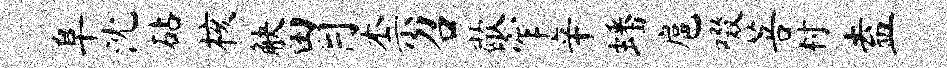
阜沈砧核觖胃柰召歇窄辛蟠扈啜菩村盍